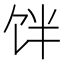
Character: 𱃷